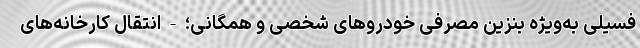
فسیلی به‌ویژه بنزین مصرفی خودروهای شخصی و همگانی؛ - انتقال کارخانه‌های